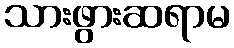
သားဖွားဆရာမ